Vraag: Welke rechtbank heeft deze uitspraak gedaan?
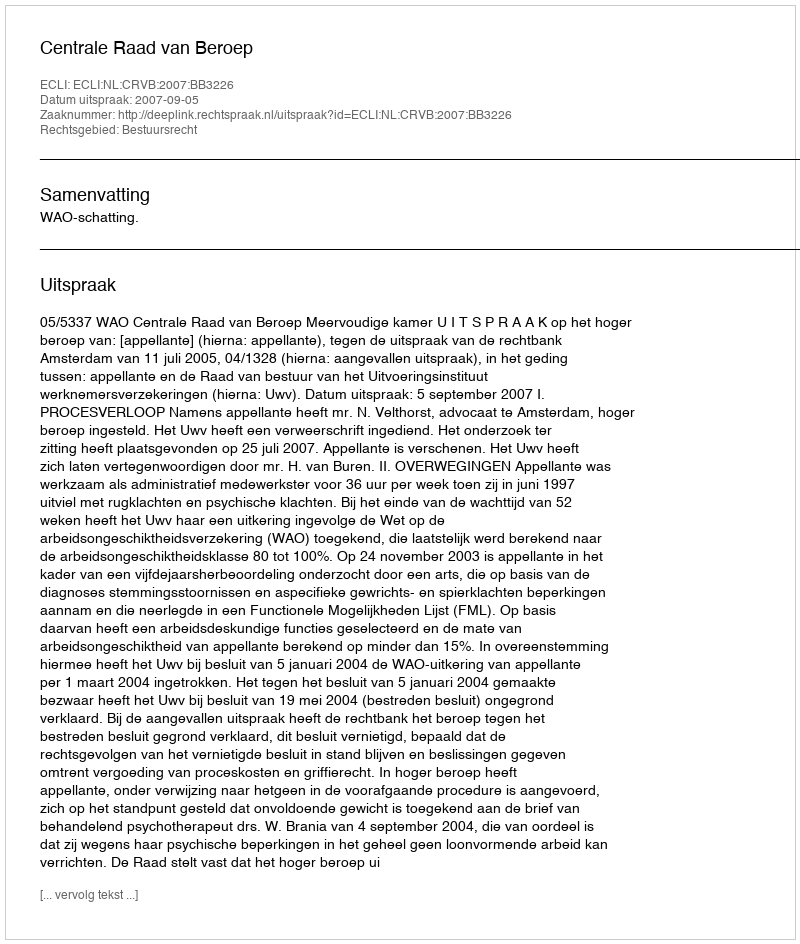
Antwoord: Centrale Raad van Beroep